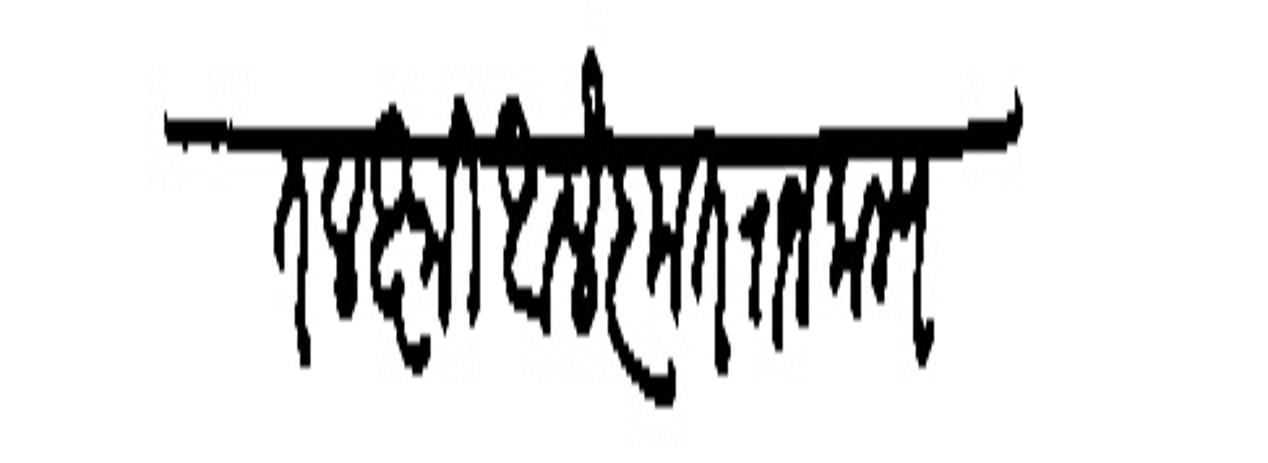
Transliteration (Devanagari): अखंडित लक्ष्मी आलंकृत राजमान्य